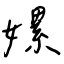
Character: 嫘